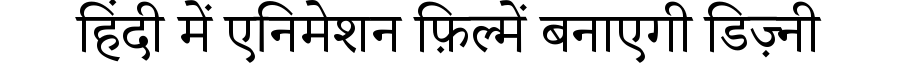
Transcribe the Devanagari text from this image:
हिंदी में एनिमेशन फ़िल्में बनाएगी डिज़्नी